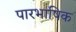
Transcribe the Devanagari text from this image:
पारभाषिक